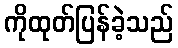
ကိုထုတ်ပြန်ခဲ့သည်